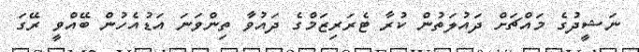
ނަޝީދުގެ މައްޗަށް ދައުލަތުން ކުރާ ޓެރަރިޒަމްގެ ދައުވާ ތިންވަނަ އަޑުއެހުން ބޭއްވީ ރޭގަ